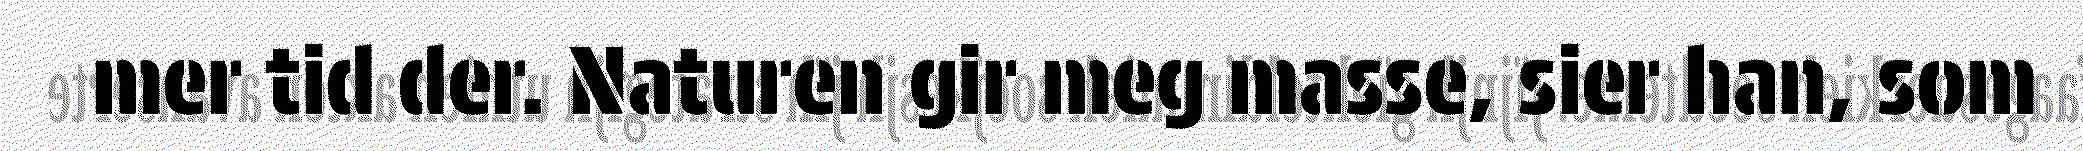
mer tid der. Naturen gir meg masse, sier han, som